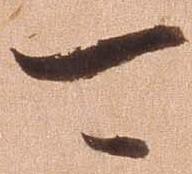
可